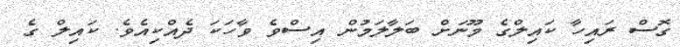
ގޮސް ރައިހާ ކައިލްގެ މޫނަށް ބަލާލަމުން އިސްވެ ވާހަކަ ދެއްކިއެވެ. ކައިލް ގެ